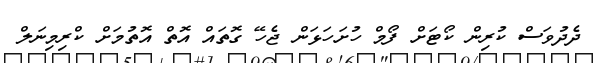
ދެދުވަސް ކުރިން ކޯޓަށް ފޯމް ހުށަހަޅަން ޖެހޭ ގޮތައް އޮތް އޮތުމަށް ކްރިމިނަލް